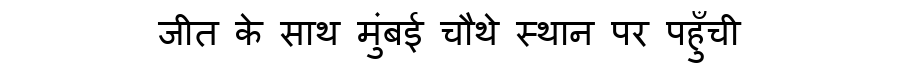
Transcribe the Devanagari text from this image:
जीत के साथ मुंबई चौथे स्थान पर पहुँची